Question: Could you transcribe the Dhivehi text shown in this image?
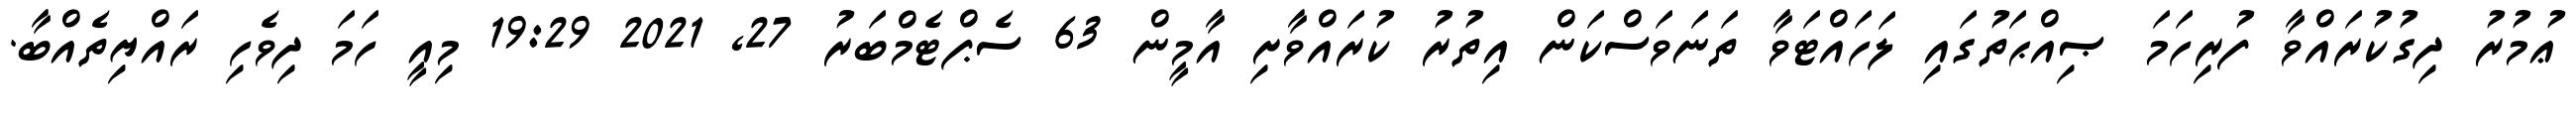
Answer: ޢުމުރު ދިގުކުރައްވާ ފުރިހަމަ ޞިއްޙަތުގައި ލަހައްޓަވާ ތަނަވަސްކަން އިތުރު ކުރައްވާށި އާމީން 63 ސެޕްޓެމްބަރު 27, 2021 19:29 މިއީ ހަމަ ދިވެހި ރައްޔިތެއްބާ.